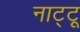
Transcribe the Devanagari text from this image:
नाट्टू